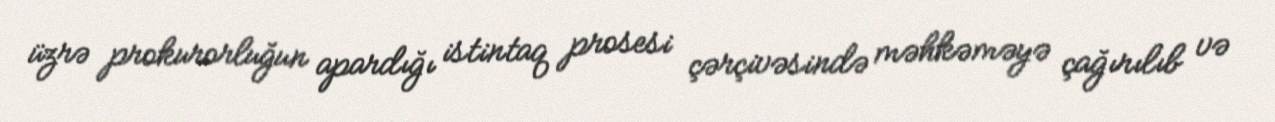
üzrə prokurorluğun apardığı istintaq prosesi çərçivəsində məhkəməyə çağırılıb və